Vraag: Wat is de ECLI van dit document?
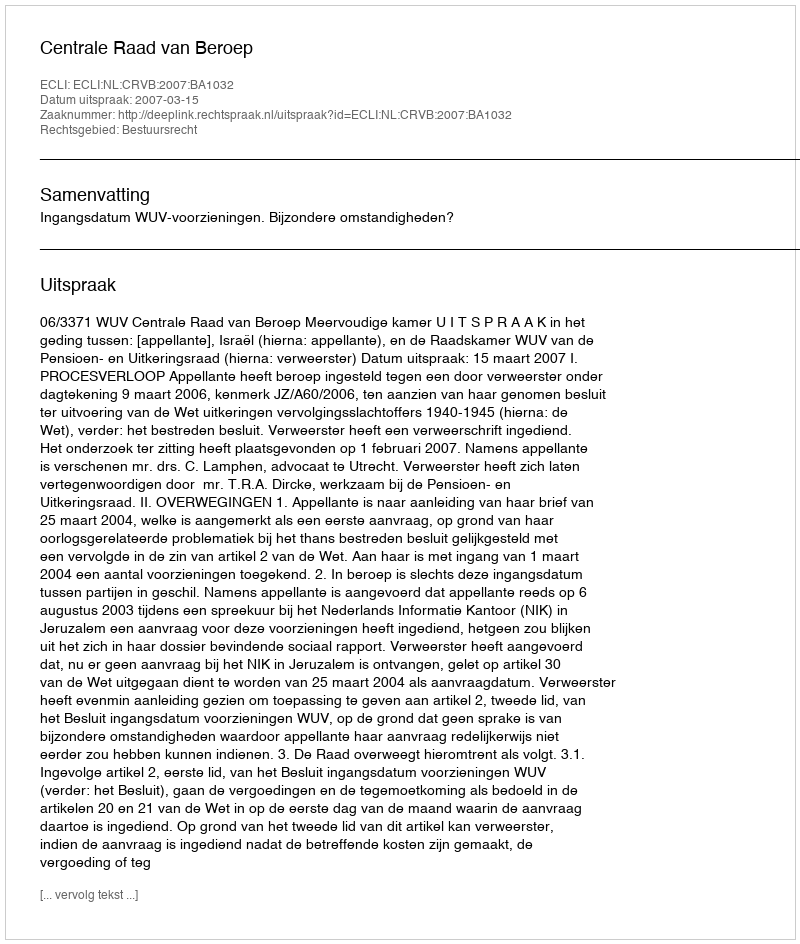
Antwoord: ECLI:NL:CRVB:2007:BA1032